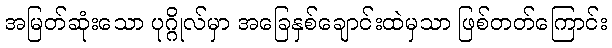
အမြတ်ဆုံးသော ပုဂ္ဂိုလ်မှာ အခြေနှစ်ချောင်းထဲမှသာ ဖြစ်တတ်ကြောင်း